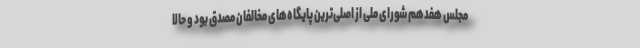
مجلس هفدهم شورای ملی از اصلی‌ترین پایگاه‌های مخالفان مصدق بود و حالا